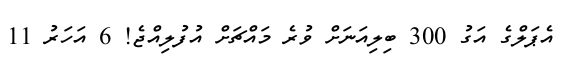
އެޕަލްގެ އަގު 300 ބިލިއަނަށް ވުރެ މައްޗަށް އުފުލިއްޖެ! 6 އަހަރު 11